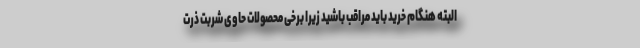
البته هنگام خرید باید مراقب باشید زیرا برخی محصولات حاوی شربت ذرت